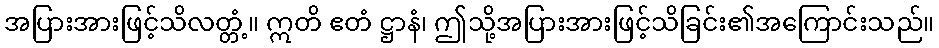
အပြားအားဖြင့်သိလတ္တံ့။ ဣတိ ဧတံ ဋ္ဌာနံ၊ ဤသို့အပြားအားဖြင့်သိခြင်း၏အကြောင်းသည်။